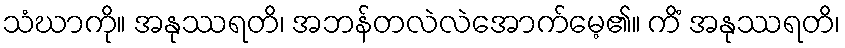
သံဃာကို။ အနုဿရတိ၊ အဘန်တလဲလဲအောက်မေ့၏။ ကိံ အနုဿရတိ၊